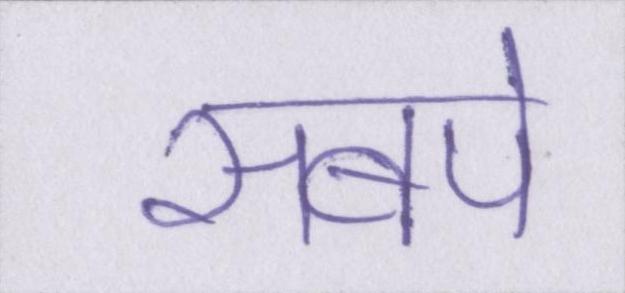
सबपे